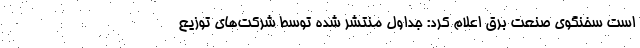
است سخنگوی صنعت برق اعلام کرد: جداول منتشر شده توسط شرکت‌های توزیع